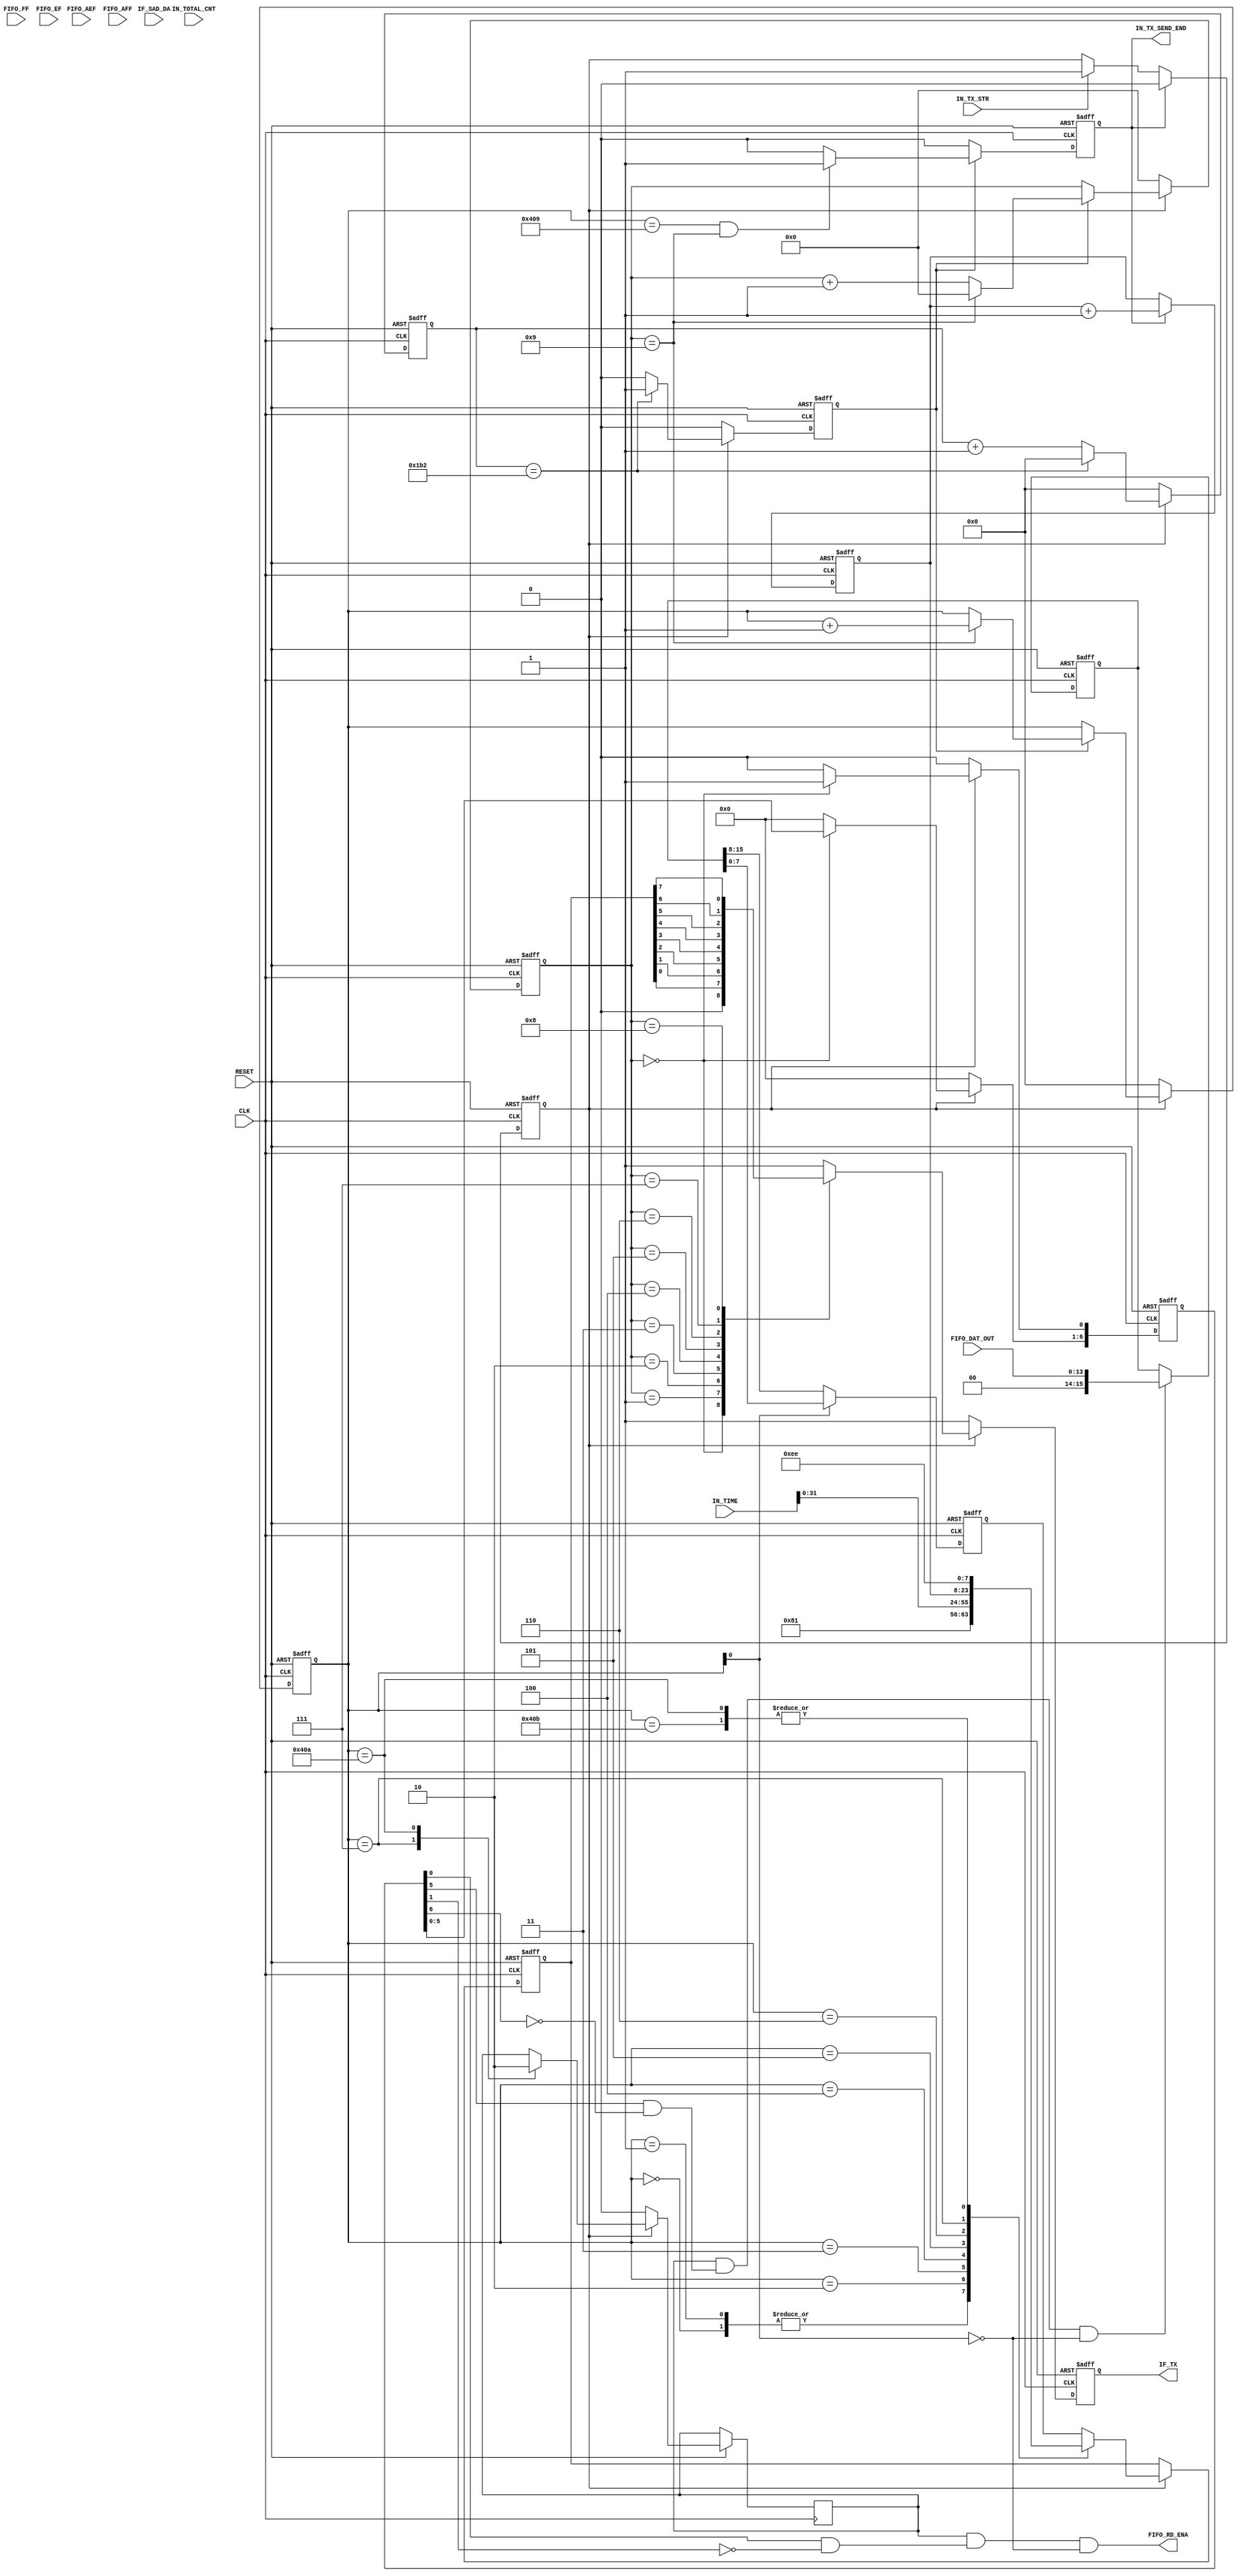
// File /mnt/c/Users/icecube/WorkSpace/Altera/D-Egg_fw/CommTest_Fujii_edit/ICE_CUBE/hdl/Tlm_ans.vhd translated with vhd2vl v2.4 VHDL to Verilog RTL translator
// vhd2vl settings:
//  * Verilog Module Declaration Style: 1995

// vhd2vl is Free (libre) Software:
//   Copyright (C) 2001 Vincenzo Liguori - Ocean Logic Pty Ltd
//     http://www.ocean-logic.com
//   Modifications Copyright (C) 2006 Mark Gonzales - PMC Sierra Inc
//   Modifications (C) 2010 Shankar Giri
//   Modifications Copyright (C) 2002, 2005, 2008-2010 Larry Doolittle - LBNL
//     http://doolittle.icarus.com/~larry/vhd2vl/
//
//   vhd2vl comes with ABSOLUTELY NO WARRANTY.  Always check the resulting
//   Verilog for correctness, ideally with a formal verification tool.
//
//   You are welcome to redistribute vhd2vl under certain conditions.
//   See the license (GPLv2) file included with the source for details.

// The result of translation follows.  Its copyright status should be
// considered unchanged from the original VHDL.

// TLM_SEQ
//library synplify;
//  use synplify.attributes.all;	
// no timescale needed

module TLM_SEQ(
CLK,
RESET,
IF_TX,
IN_TX_STR,
IN_TX_SEND_END,
IN_TIME,
IN_TOTAL_CNT,
FIFO_FF,
FIFO_EF,
FIFO_AEF,
FIFO_AFF,
FIFO_DAT_OUT,
IF_SAD_DA,
FIFO_RD_ENA
);

input CLK, RESET;
output IF_TX;
input IN_TX_STR;
output IN_TX_SEND_END;
input [39:0] IN_TIME;
input [31:0] IN_TOTAL_CNT;
//IN_TIME2			   : in  std_logic_vector(3 downto 0);
input FIFO_FF;
input FIFO_EF;
input FIFO_AEF;
input FIFO_AFF;
input [13:0] FIFO_DAT_OUT;
input [13:0] IF_SAD_DA;
output FIFO_RD_ENA;

wire CLK;
wire RESET;
wire IF_TX;
wire IN_TX_STR;
wire IN_TX_SEND_END;
wire [39:0] IN_TIME;
wire [31:0] IN_TOTAL_CNT;
wire FIFO_FF;
wire FIFO_EF;
wire FIFO_AEF;
wire FIFO_AFF;
wire [13:0] FIFO_DAT_OUT;
wire [13:0] IF_SAD_DA;
wire FIFO_RD_ENA;


reg [3:0] TLM_BIT_COUNT;
reg [11:0] TLM_BYT_COUNT;
reg [11:0] TLM_SEQ_CLK_CNT;
reg [7:0] IN_SEND_DATA;
reg TLM_SEQ_STS;
reg TLM_SEQ_CLR;
reg TLM_SEQ_CLK;
reg SDATA_OUT;
reg [15:0] SERAL_NO;
reg [15:0] FIFO_DAT_LAT;
reg [7:0] MEM_SEQ_ID;
wire MEM_DAT_LAT;
reg [7:0] WAVE_DATA;
reg IN_FIFO_READ_ENA;

  //------------------------------------------------------------------------------------------
  // TLM_SEQ
  //------------------------------------------------------------------------------------------
  // Generate SDM Status and make dammy data
  always @(negedge RESET or posedge CLK) begin
    if(~RESET) begin
      TLM_SEQ_STS <= 1'b 0;
    end
	 else begin
      if(TLM_SEQ_CLR) begin
        TLM_SEQ_STS <= 1'b0;
      end
      else if(IN_TX_STR) begin
        TLM_SEQ_STS <= 1'b1;
      end
    end
	  
  end

  always @(negedge RESET or posedge CLK) begin
    if(~RESET) begin
      TLM_SEQ_CLK_CNT <= {12{1'b0}};
      TLM_SEQ_CLK <= 1'b0;
    end
	 else begin
      if(TLM_SEQ_STS) begin
        //if(TLM_SEQ_CLK_CNT(7 downto 0) = x"8A") then --115200bps 16MHz 138.888888(DEC) 8A(HEX)
        if((TLM_SEQ_CLK_CNT[11:0] == 12'h1B2)) begin
          //50MHz 1B2(H) --40MHz 115200bps 347.2(DEC)
          //if(TLM_SEQ_CLK_CNT(11 downto 0) = x"364") then --100MHz 364(H) --40MHz 115200bps 347.2(DEC) 15C(HEX) --16MHz 115200bps 138.9(DEC) 08A(HEX)
          //if(TLM_SEQ_CLK_CNT(11 downto 0) = x"87A") then --250MHz 115200bps 173.6(DEC) 0AD(HEX) --16MHz 115200bps 138.9(DEC) 08A(HEX)
          TLM_SEQ_CLK_CNT <= {12{1'b0}};
          TLM_SEQ_CLK <= 1'b1;
        end
        else begin
          TLM_SEQ_CLK_CNT <= TLM_SEQ_CLK_CNT + 1'b1;
          TLM_SEQ_CLK <= 1'b0;
        end
      end
      else begin
        TLM_SEQ_CLK_CNT <= {12{1'b0}};
        TLM_SEQ_CLK <= 1'b0;
      end
    end
	 
  end

  // Generate telemetry sequence clear SIGNAL
  always @(negedge RESET or posedge CLK) begin
    if(~RESET) begin
      TLM_BIT_COUNT <= {4{1'b0}};
      TLM_BYT_COUNT <= {12{1'b0}};
    end 
	 else begin
      if(TLM_SEQ_STS) begin
        if(TLM_SEQ_CLK) begin
          if((TLM_BIT_COUNT == 4'h9)) begin
            TLM_BIT_COUNT <= {4{1'b0}};
            TLM_BYT_COUNT <= TLM_BYT_COUNT + 1'b1;
          end
          else begin
            TLM_BIT_COUNT <= TLM_BIT_COUNT + 1'b1;
          end
        end
      end
      else begin
        TLM_BIT_COUNT <= {4{1'b0}};
        TLM_BYT_COUNT <= {12{1'b0}};
      end
    end
	 
  end

  // Generate telemetry sequence clear SIGNAL
  always @(negedge RESET or posedge CLK) begin
    if(~RESET) begin
      TLM_SEQ_CLR <= 1'b0;
    end 
	 else begin
      if(TLM_SEQ_CLK) begin
        if(((TLM_BYT_COUNT[11:0] == 12'h409) && (TLM_BIT_COUNT == 4'h9))) begin
          TLM_SEQ_CLR <= 1'b1;
        end
        else begin
          TLM_SEQ_CLR <= 1'b0;
        end
      end
      else begin
        TLM_SEQ_CLR <= 1'b0;
      end
    end
	 
  end

  // Generate Output sirial data
  always @(negedge RESET or posedge CLK) begin
    if(~RESET) begin
      SDATA_OUT <= 1'b1;
    end
	 else begin
      if(TLM_SEQ_STS) begin
        case(TLM_BIT_COUNT)
        4'h0 : SDATA_OUT <= 1'b0;
        4'h1 : SDATA_OUT <= IN_SEND_DATA[0];
        4'h2 : SDATA_OUT <= IN_SEND_DATA[1];
        4'h3 : SDATA_OUT <= IN_SEND_DATA[2];
        4'h4 : SDATA_OUT <= IN_SEND_DATA[3];
        4'h5 : SDATA_OUT <= IN_SEND_DATA[4];
        4'h6 : SDATA_OUT <= IN_SEND_DATA[5];
        4'h7 : SDATA_OUT <= IN_SEND_DATA[6];
        4'h8 : SDATA_OUT <= IN_SEND_DATA[7];
        4'h9 : SDATA_OUT <= 1'b1;
        default : SDATA_OUT <= 1'b1;
        endcase
      end
      else begin
        SDATA_OUT <= 1'b1;
      end
    end
	  
  end

  always @(posedge CLK or negedge RESET) begin
    if(~RESET) begin
      IN_SEND_DATA <= {8{1'b0}};
    end 
	 else begin
      if((TLM_SEQ_STS == 1'b 1)) begin
        //if(IN_TLM_MODE = "01")then 
        case(TLM_BYT_COUNT[11:0])
        12'h000 : IN_SEND_DATA <= 8'h81;
        12'h001 : IN_SEND_DATA <= 8'h81;
        12'h002 : IN_SEND_DATA <= IN_TIME[31:24];
        12'h003 : IN_SEND_DATA <= IN_TIME[23:16];
        12'h004 : IN_SEND_DATA <= IN_TIME[15:8];
        12'h005 : IN_SEND_DATA <= IN_TIME[7:0];
        12'h006 : IN_SEND_DATA <= SERAL_NO[15:8];
        12'h007 : begin
          IN_SEND_DATA <= SERAL_NO[7:0];
          IN_FIFO_READ_ENA <= 1'b1;
          //                    when x"F8" => IN_SEND_DATA <= IN_TOTAL_CNT(31 downto 24); 
          //                                  IN_FIFO_READ_ENA <= '0';
          //                    when x"F9" => IN_SEND_DATA <= IN_TOTAL_CNT(23 downto 16); 
          //                    when x"FA" => IN_SEND_DATA <= IN_TOTAL_CNT(15 downto 8); 
          //                    when x"FB" => IN_SEND_DATA <= IN_TOTAL_CNT(7 downto 0); 
          //                    when x"FC" => IN_SEND_DATA <= IN_TIME(39 downto 32);
          //                    when x"FD" => IN_SEND_DATA <= "0000" & FIFO_FF & FIFO_EF & FIFO_AEF & FIFO_AFF; 
        end
        12'h40A : begin
          IN_SEND_DATA <= 8'hEE;
          IN_FIFO_READ_ENA <= 1'b0;
        end
        12'h40B : begin
          IN_SEND_DATA <= 8'hEE;
        end
        default : begin
          IN_SEND_DATA <= WAVE_DATA[7:0];
          //"IF_SAD_DA(13 downto 6) ; --FIFO_DAT_LAT(7 downto 0); 
        end
        endcase
        //elsif(IN_TLM_MODE = "10")then
        //    IN_SEND_DATA <= IN_ROW_DAT(7 downto 0);
        //end if; 
      end
      else begin
        IN_FIFO_READ_ENA <= 1'b0;
      end
    end
	 
  end

  always @(posedge CLK or negedge RESET) begin
    if(~RESET) begin
      SERAL_NO <= {16{1'b0}};
    end 
	 else begin
      if(TLM_SEQ_CLR) begin
        SERAL_NO <= SERAL_NO + 1'b1;
      end
    end
	 
  end

  // Generate Output sirial data
  always @(negedge RESET or posedge CLK) begin
    if(~RESET) begin
      MEM_SEQ_ID <= {8{1'b0}};
    end
	 else begin
      if(TLM_SEQ_STS) begin
        if((TLM_BIT_COUNT == 4'h0)) begin
          MEM_SEQ_ID[0] <= 1'b1;
          MEM_SEQ_ID[7:1] <= MEM_SEQ_ID[6:0];
        end
        else begin
          MEM_SEQ_ID <= {8{1'b0}};
        end
      end
      else begin
        MEM_SEQ_ID <= {8{1'b0}};
      end
    end
	  
  end

  assign FIFO_RD_ENA = IN_FIFO_READ_ENA & ((MEM_SEQ_ID[0] &  ~MEM_SEQ_ID[1])) &  ~TLM_BYT_COUNT[0];
  assign MEM_DAT_LAT = IN_FIFO_READ_ENA & ((MEM_SEQ_ID[5] &  ~MEM_SEQ_ID[6])) &  ~TLM_BYT_COUNT[0];
  always @(negedge RESET or posedge CLK) begin
    if(~RESET) begin
      FIFO_DAT_LAT <= {16{1'b0}};
    end
	 else begin
      if(MEM_DAT_LAT) begin
        FIFO_DAT_LAT[15:0] <= {2'b 00,FIFO_DAT_OUT[13:0]};
        //            if(FIFO_DAT_OUT(15 downto 0) >= x"2000") then
        //                FIFO_DAT_LAT(15 downto 0) <= x"6000"- FIFO_DAT_OUT(15 downto 0);
        //            else
        //                FIFO_DAT_LAT(15 downto 0) <= x"2000"- FIFO_DAT_OUT(15 downto 0);
        //            end if;
      end
    end
	  
  end

  always @(negedge RESET or posedge CLK) begin
    if(~RESET) begin
      WAVE_DATA[7:0] <= {8{1'b0}};
      //FIFO_DAT_LAT(15 downto 8);
    end
	 else begin
      if(~TLM_BYT_COUNT[0]) begin
        WAVE_DATA[7:0] <= FIFO_DAT_LAT[15:8];
      end
      else begin
        WAVE_DATA[7:0] <= FIFO_DAT_LAT[7:0];
      end
    end
	  
  end

  assign IF_TX = SDATA_OUT;
  assign IN_TX_SEND_END = TLM_SEQ_CLR;

endmodule